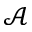
\mathcal A